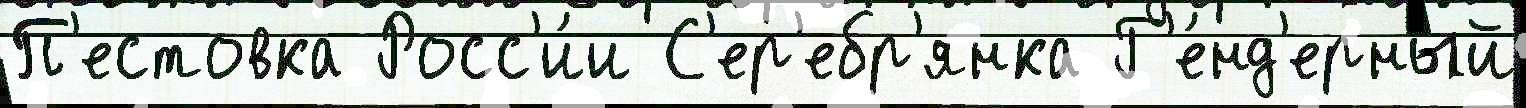
П'естовка Росс'и́и С'ер'ебр'янка Г'е́нд'ерный